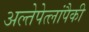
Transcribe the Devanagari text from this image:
अल्तेपेत्लांपैकी